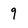
Character: 9